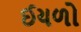
ઈયળો